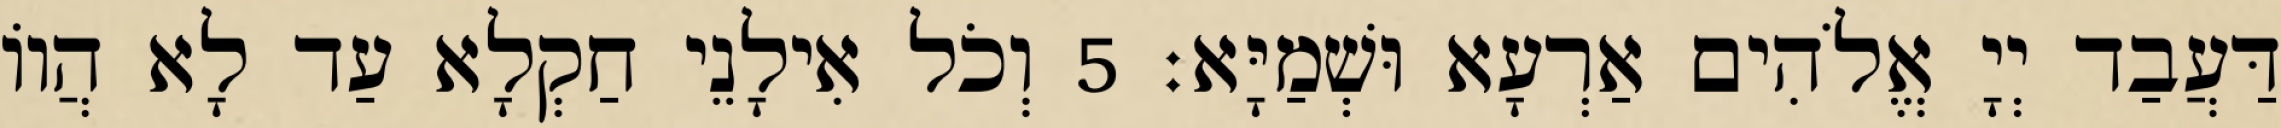
דַּעֲבַד יְיָ אֱלֹהִים אַרְעָא וּשְׁמַיָּא׃ 5 וְכֹל אִילָנֵי חַקְלָא עַד לָא הֲווֹ